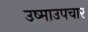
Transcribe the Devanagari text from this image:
उष्माउपचार